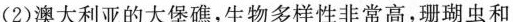
(2)澳大利亚的大堡礁，生物多样性非常高，珊瑚虫和